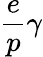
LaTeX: \frac{e}{p}\gamma